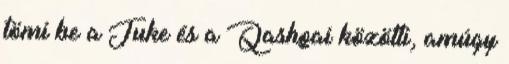
tömi be a Juke és a Qashqai közötti, amúgy